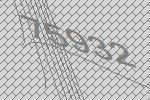
75932